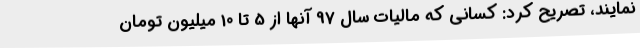
نمایند، تصریح کرد: کسانی که مالیات سال 97 آنها از 5 تا 10 میلیون تومان